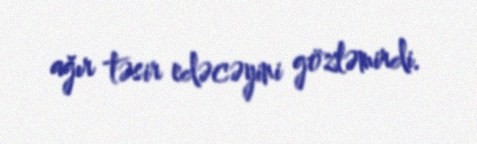
ağır təsir edəcəyini gözləmirdi.